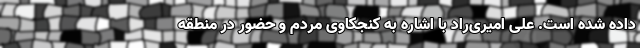
داده شده است. علی امیری‌راد با اشاره به کنجکاوی مردم و حضور در منطقه